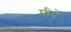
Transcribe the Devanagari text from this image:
पीपें